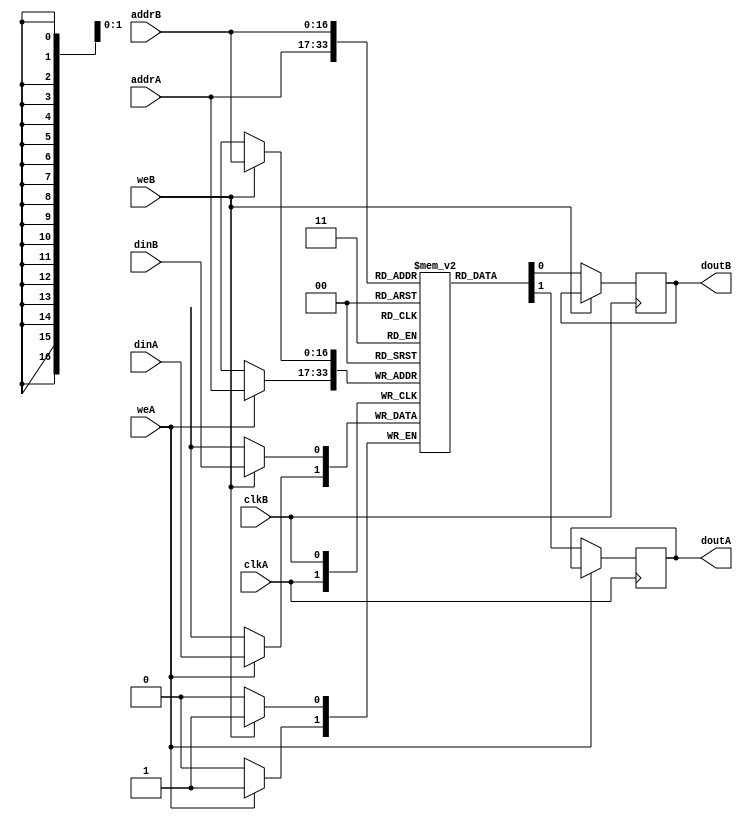
module ram_true_dp_dc_131072x1 (clkA, clkB, weA, weB, addrA, addrB, dinA, dinB, doutA, doutB);
    input clkA, clkB, weA, weB;
    input [16:0] addrA, addrB;
    input dinA, dinB;
    output reg doutA, doutB;
    
    reg ram [131071:0];
    always @(posedge clkA)
    begin
        if (weA)
            ram[addrA] <= dinA;
        else
            doutA <= ram[addrA];
    end
    always @(posedge clkB)
    begin
        if (weB)
            ram[addrB] <= dinB;
        else
            doutB <= ram[addrB];
    end

endmodule